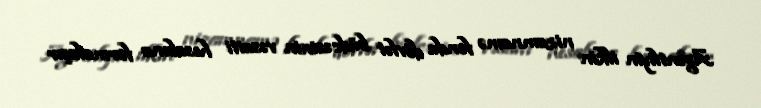
Agentliyin ilkin nizamnamə fondu dövlət büdcəsinin vəsaiti hesabına formalaşır